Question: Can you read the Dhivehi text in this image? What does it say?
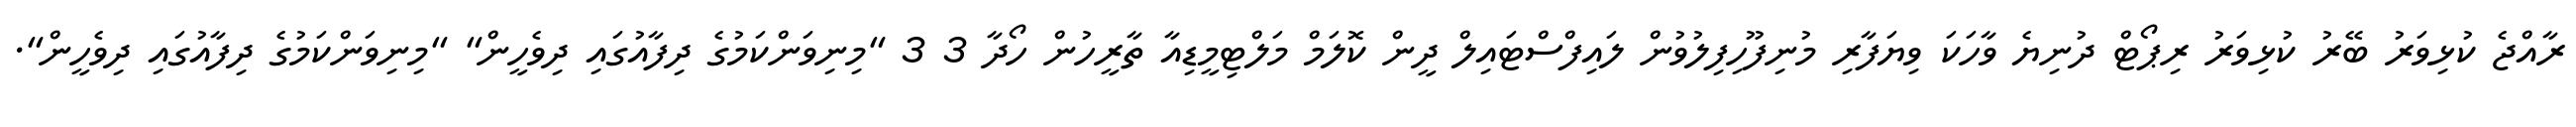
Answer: ރާއްޖެ ކުޅިވަރު ބޭރު ކުޅިވަރު ރިޕޯޓް ދުނިޔެ ވާހަކަ ވިޔަފާރި މުނިފޫހިފިލުވުން ލައިފްސްޓައިލް ދީން ކޮލަމް މަލްޓިމީޑިއާ ތާރީހުން ހޯދާ 3 3 "މިނިވަންކަމުގެ ދިފާއުގައި ދިވެހީން" "މިނިވަންކަމުގެ ދިފާއުގައި ދިވެހީން".